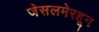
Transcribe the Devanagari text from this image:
जेसलमेरहून